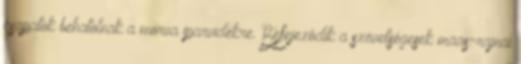
csapatok behatolnak a morva iparvidékre. Befejezõdik a szövetségesek maas-rajnai